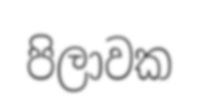
පිලාවක